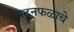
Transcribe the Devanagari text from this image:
मदनफळाचे